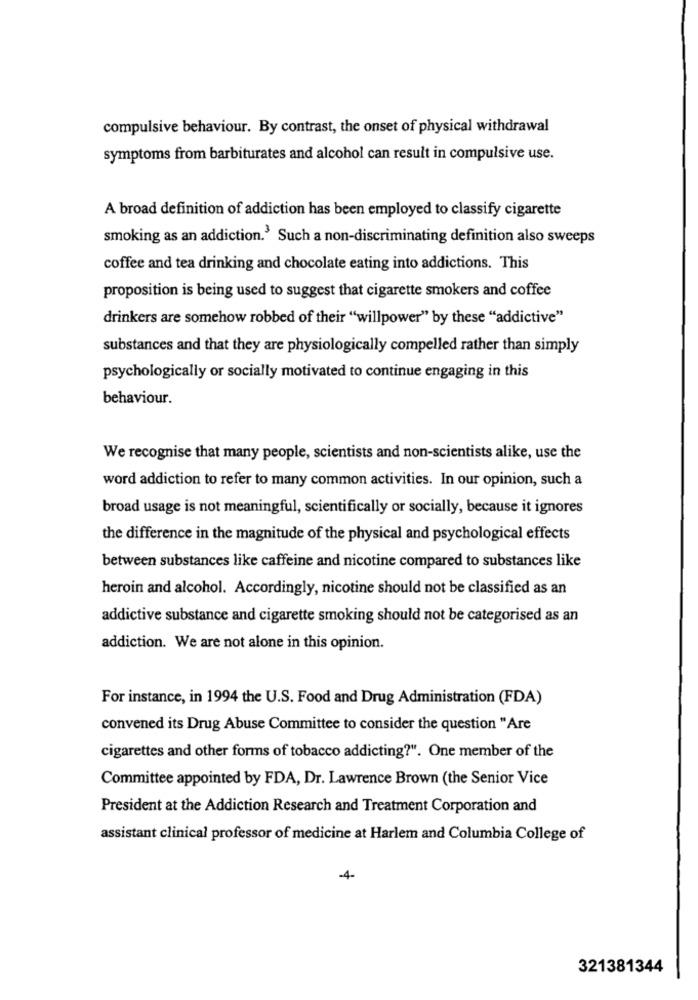
compulsive behaviour. By contrast, the onset of physical withdrawal
symptoms from barbiturates and alcohol can result in compulsive use.
A broad definition of addiction has been employed to classify cigarette
smoking as an addiction.' Such a non-discriminating definition also sweeps
coffee and tea drinking and chocolate eating into addictions. This
proposition is being used to suggest that cigarette smokers and coffee
drinkers are somehow robbed of their "willpower" by these "addictive"
substances and that they are physiologically compelled rather than simply
psychologically or socially motivated to continue engaging in this
behaviour.
We recognise that many people, scientists and non-scientists alike, use the
word addiction to refer to many common activities. In our opinion, such a
broad usage is not meaningful, scientifically or socially, because it ignores
the difference in the magnitude of the physical and psychological effects
between substances like caffeine and nicotine compared to substances like
heroin and alcohol. Accordingly, nicotine should not be classified as an
addictive substance and cigarette smoking should not be categorised as an
addiction. We are not alone in this opinion.
For instance, in 1994 the U.S. Food and Drug Administration (FDA)
convened its Drug Abuse Committee to consider the question "Are
cigarettes and other forms of tobacco addicting?". One member of the
Committee appointed by FDA, Dr. Lawrence Brown (the Senior Vice
President at the Addiction Research and Treatment Corporation and
assistant clinical professor of medicine at Harlem and Columbia College of
-4-
321381344